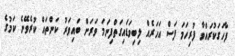
ފާހަގަކުރައްވާ ފުރިހަމަ ފަސް އަހަރެއް ލިބިވަޑައިގަތްފިނަމަ ވަރަށް ބައިވަރު ކަންތައް ކުރެވޭނެ ކަމުގެ